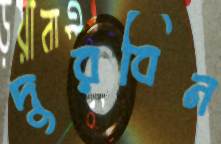
দুরবিন